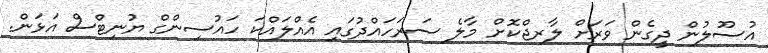
އުސޫލުން ދީގެން ވަރަށް ލާރޖްކޮށް މާލެ ސަރަހައްދުގައި އެއްލައްކަ ހައުސިންގް ޔުނިޓްސް އަޅަން.